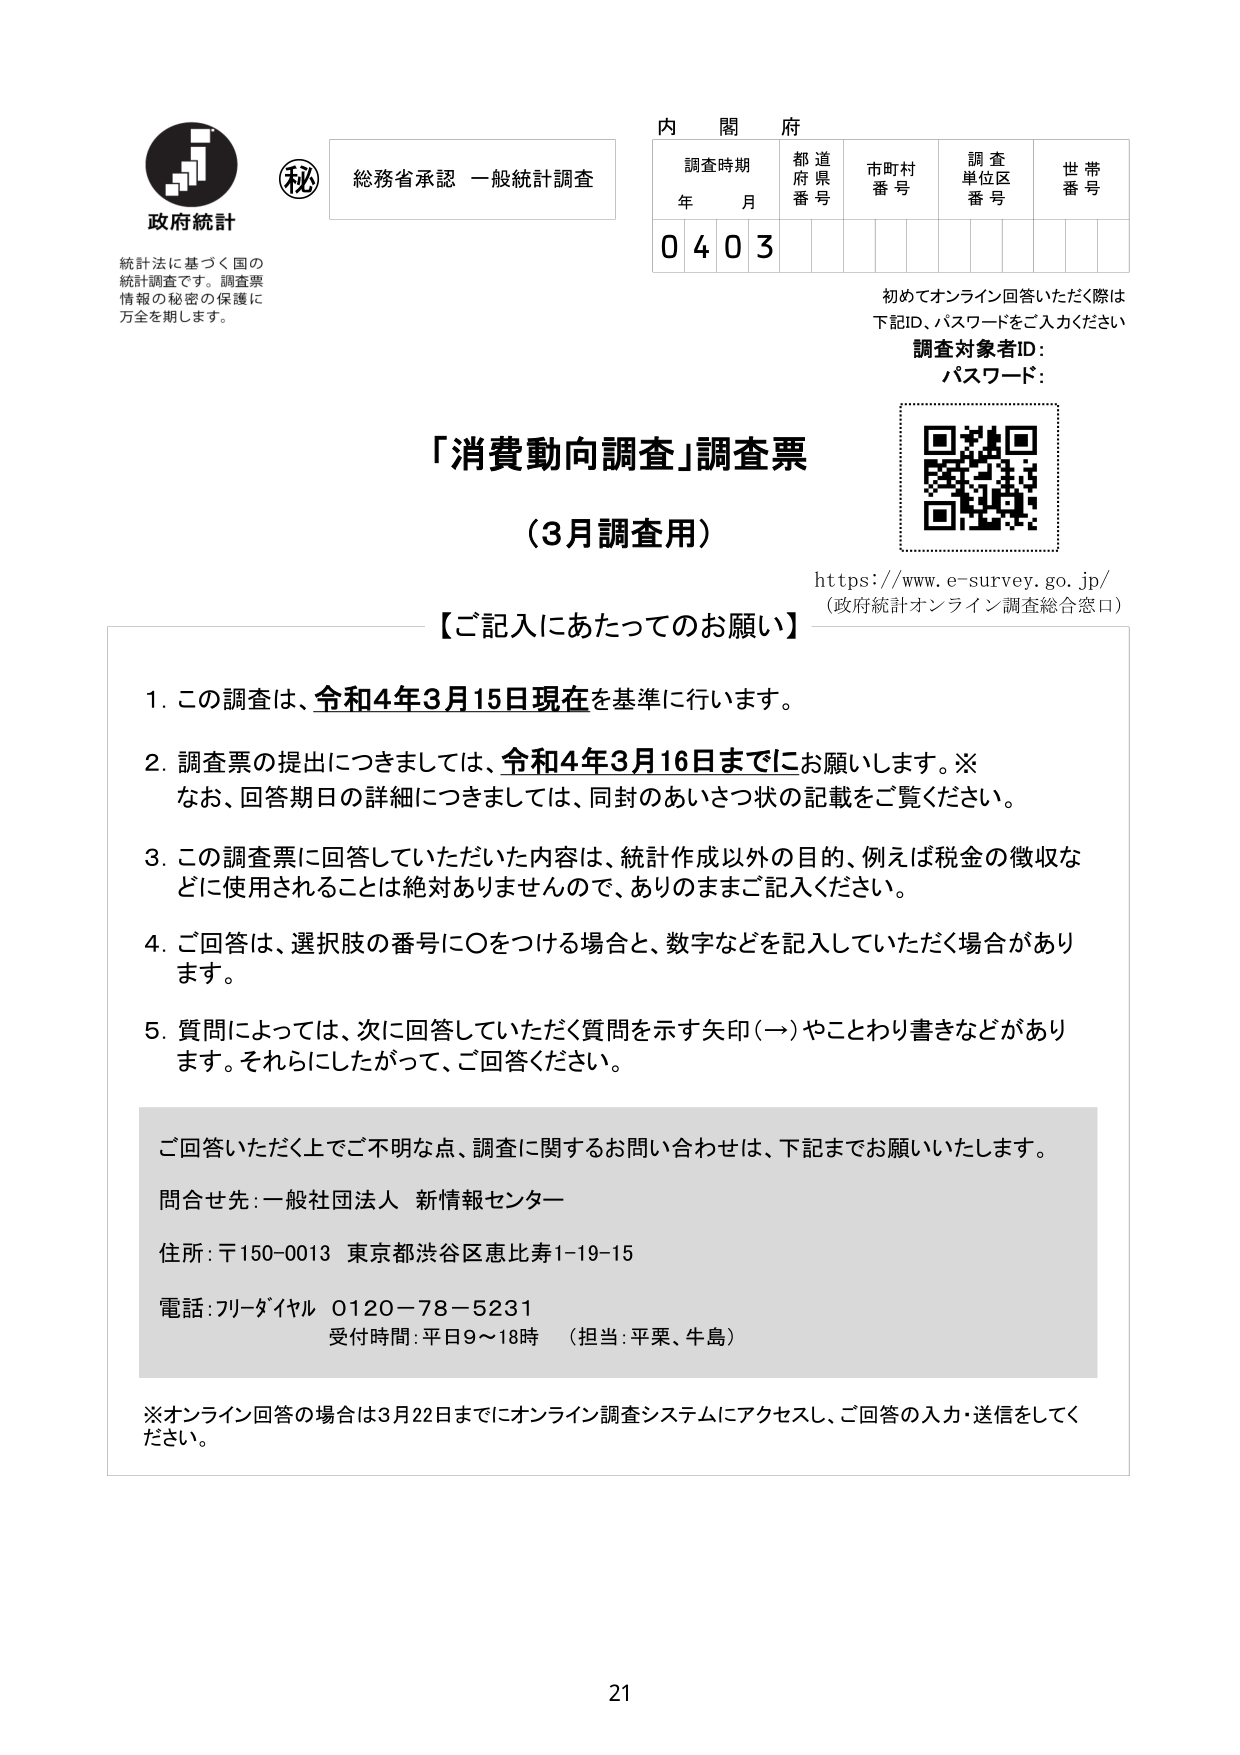
政府統計
統計法に基づく国の
統計調査です。調査票
情報の秘密の保護に
万全を期します。

秘
総務省承認 一般統計調査

内閣府
調査時期 年 月
都道府県番号
市町村番号
調査単位区番号
世帯番号
0 4 0 3

初めてオンライン回答いただく際は
下記ID、パスワードをご入力ください
調査対象者ID：
パスワード：

「消費動向調査」調査票
（3月調査用）

https://www.e-survey.go.jp/
（政府統計オンライン調査総合窓口）

【ご記入にあたってのお願い】

1. この調査は、令和4年3月15日現在を基準に行います。

2. 調査票の提出につきましては、令和4年3月16日までにお願いします。※
　なお、回答期日の詳細につきましては、同封のあいさつ状の記載をご覧ください。

3. この調査票に回答していただいた内容は、統計作成以外の目的、例えば税金の徴収などに使用されることは絶対ありませんので、ありのままご記入ください。

4. ご回答は、選択肢の番号に○をつける場合と、数字などを記入していただく場合があります。

5. 質問によっては、次に回答していただく質問を示す矢印（→）やことわり書きなどがあります。それらにしたがって、ご回答ください。

ご回答いただく上でご不明な点、調査に関するお問い合わせは、下記までお願いいたします。
問合せ先：一般社団法人 新情報センター
住所：〒150-0013 東京都渋谷区恵比寿1-19-15
電話：フリーダイヤル 0120-78-5231
受付時間：平日9～18時 （担当：平栗、牛島）

※オンライン回答の場合は3月22日までにオンライン調査システムにアクセスし、ご回答の入力・送信をしてください。

21